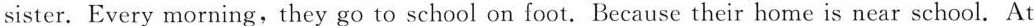
sister. Every morning,they go to school on foot. Because their home is near school. At